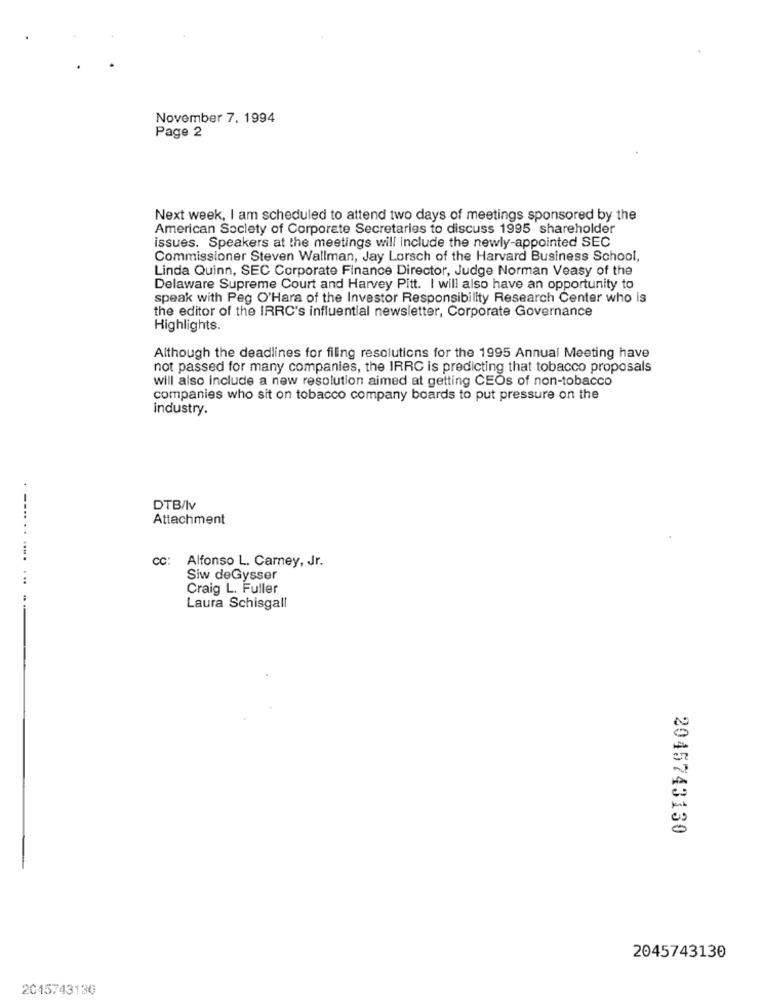
November 7. 1994
Page 2
Next week, I am scheduled to attend two days of meetings sponsored by the
American Society of Corporate Secretaries to discuss 1995 shareholder
issues. Speakers at the meetings will Include the newly-appointed SEC
Commissioner Steven Wallman, Jay Lorsch of the Harvard Business School,
Linda Quinn, SEC Corporate Finance Director, Judge Norman Veasy of the
Delaware Supreme Court and Harvey Pitt. I will also have an opportunity to
speak with Peg O'Hara of the Investor Responsibility Research Center who is
the editor of the IRRC's influential newsletter, Corporate Governance
Highlights.
Although the deadlines for filing resolutions for the 1995 Annual Meeting have
not passed for many companies, the IRRC is predicting that tobacco proposals
will also include a new resolution aimed at getting CEOs of non-tobacco
companies who sit on tobacco company boards to put pressure on the
industry.
DTB/Iv
Attachment
.-... .. ...
Alfonso L. Carney, Jr.
Siw deGysser
...
Craig L. Fuller
Laura Schisgall
2045743130
2045743130
2045743130